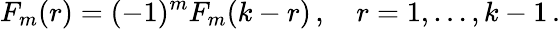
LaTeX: F_{m}(r)=(-1)^{m}F_{m}(k-r)\, ,\quad r=1,\ldots,k-1\, .